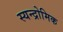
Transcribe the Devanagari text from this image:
स्यन्द्रोमिक